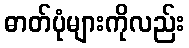
ဓာတ်ပုံများကိုလည်း